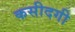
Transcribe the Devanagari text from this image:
कसीदगी